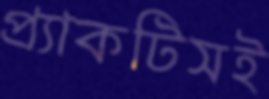
প্র্যাকটিসই